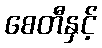
စေတီနှင့်